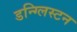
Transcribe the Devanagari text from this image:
डन्ग्लिस्टन